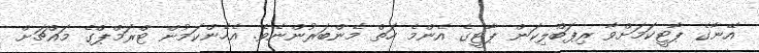
އޭނާގެ ޕާޓީކަމަށްވާ ރިޕަބްލިކަން ޕާޓީގެ އެންމެ ހަތް މެންބަރުންނެވެ. އެހެންކަމުން ޓްރަމްޕްގެ މައްޗަށް